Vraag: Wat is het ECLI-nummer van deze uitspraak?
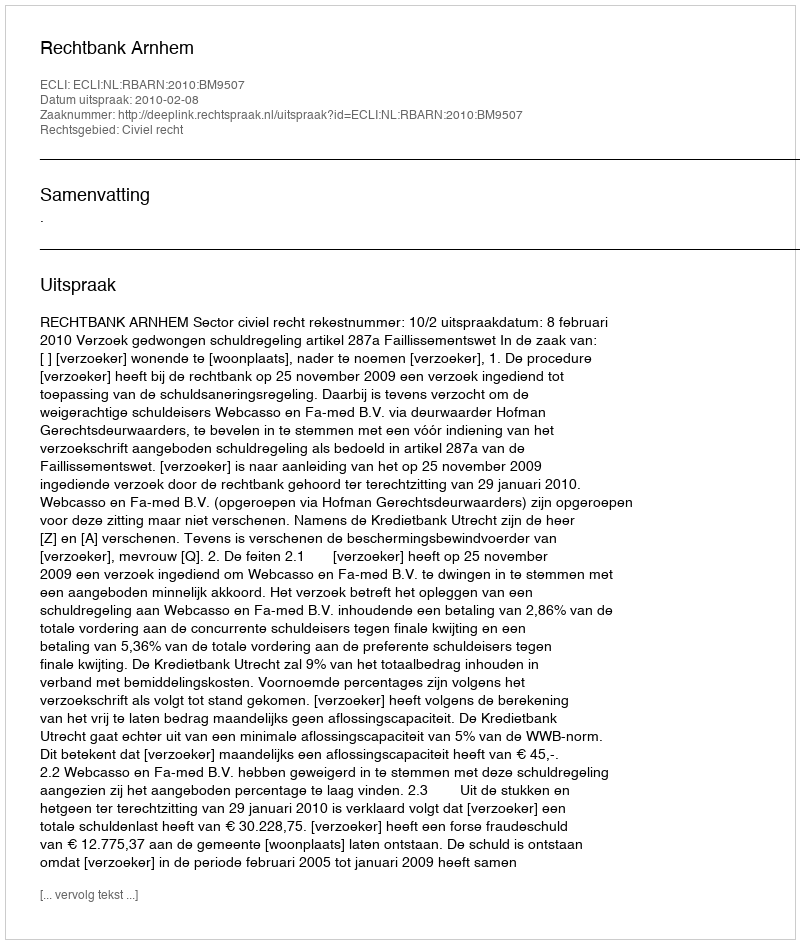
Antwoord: ECLI:NL:RBARN:2010:BM9507